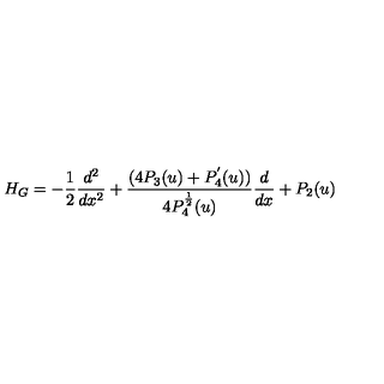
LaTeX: H _ { G } = - \frac { 1 } { 2 } \frac { d ^ { 2 } } { d x ^ { 2 } } + \frac { ( 4 P _ { 3 } ( u ) + P _ { 4 } ^ { ^ { \prime } } ( u ) ) } { 4 P _ { 4 } ^ { \frac { 1 } { 2 } } ( u ) } \frac { d } { d x } + P _ { 2 } ( u )